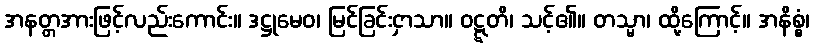
အနတ္တအားဖြင့်လည်းကောင်း။ ဒဋ္ဌုမေဝ၊ မြင်ခြင်းငှာသာ။ ဝဋ္ဋတိ၊ သင့်၏။ တသ္မာ၊ ထို့ကြောင့်။ အနိစ္စံ၊